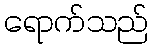
ရောက်သည်